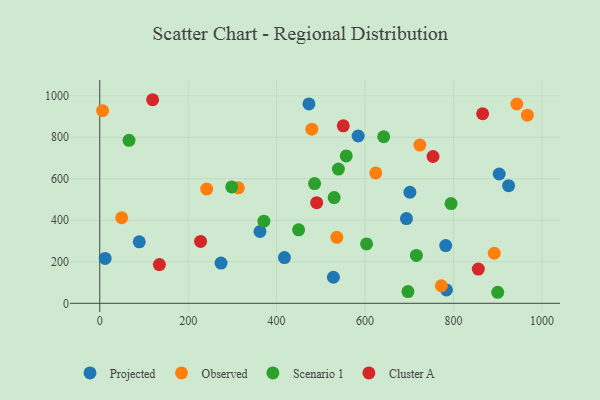
{"axis": {"x": "Experience", "y": "Salary"}, "legend": ["Cluster A", "Observed", "Projected", "Scenario 1"], "data": [{"x": "701.5", "y": 535.1, "type": "Projected"}, {"x": "417.7", "y": 220.5, "type": "Projected"}, {"x": "473.2", "y": 960.5, "type": "Projected"}, {"x": "903.5", "y": 623.1, "type": "Projected"}, {"x": "274.3", "y": 194.0, "type": "Projected"}, {"x": "362.4", "y": 345.9, "type": "Projected"}, {"x": "12.2", "y": 216.1, "type": "Projected"}, {"x": "784.2", "y": 64.2, "type": "Projected"}, {"x": "782.5", "y": 278.1, "type": "Projected"}, {"x": "584.5", "y": 806.2, "type": "Projected"}, {"x": "89.4", "y": 296.0, "type": "Projected"}, {"x": "693.7", "y": 408.0, "type": "Projected"}, {"x": "924.7", "y": 566.8, "type": "Projected"}, {"x": "528.5", "y": 125.4, "type": "Projected"}, {"x": "967.2", "y": 906.4, "type": "Observed"}, {"x": "6.5", "y": 928.3, "type": "Observed"}, {"x": "479.8", "y": 839.0, "type": "Observed"}, {"x": "724.0", "y": 762.6, "type": "Observed"}, {"x": "241.9", "y": 550.2, "type": "Observed"}, {"x": "49.6", "y": 412.1, "type": "Observed"}, {"x": "624.3", "y": 628.2, "type": "Observed"}, {"x": "943.3", "y": 960.4, "type": "Observed"}, {"x": "313.4", "y": 556.4, "type": "Observed"}, {"x": "772.6", "y": 84.5, "type": "Observed"}, {"x": "892.3", "y": 241.2, "type": "Observed"}, {"x": "536.3", "y": 318.1, "type": "Observed"}, {"x": "642.2", "y": 802.4, "type": "Scenario 1"}, {"x": "900.1", "y": 53.1, "type": "Scenario 1"}, {"x": "794.6", "y": 480.4, "type": "Scenario 1"}, {"x": "66.2", "y": 785.5, "type": "Scenario 1"}, {"x": "603.5", "y": 285.9, "type": "Scenario 1"}, {"x": "539.8", "y": 646.8, "type": "Scenario 1"}, {"x": "716.2", "y": 230.9, "type": "Scenario 1"}, {"x": "449.8", "y": 354.1, "type": "Scenario 1"}, {"x": "697.1", "y": 56.5, "type": "Scenario 1"}, {"x": "530.2", "y": 509.2, "type": "Scenario 1"}, {"x": "485.9", "y": 576.9, "type": "Scenario 1"}, {"x": "371.3", "y": 395.8, "type": "Scenario 1"}, {"x": "557.5", "y": 710.0, "type": "Scenario 1"}, {"x": "298.5", "y": 560.5, "type": "Scenario 1"}, {"x": "550.8", "y": 854.9, "type": "Cluster A"}, {"x": "866.0", "y": 913.3, "type": "Cluster A"}, {"x": "856.3", "y": 164.7, "type": "Cluster A"}, {"x": "228.0", "y": 298.2, "type": "Cluster A"}, {"x": "134.9", "y": 186.4, "type": "Cluster A"}, {"x": "119.6", "y": 980.9, "type": "Cluster A"}, {"x": "753.8", "y": 707.3, "type": "Cluster A"}, {"x": "490.6", "y": 484.6, "type": "Cluster A"}]}